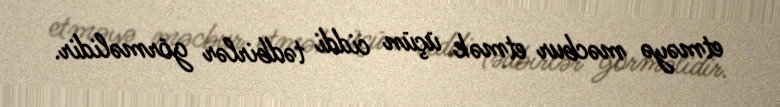
etməyə məcbur etmək üçün ciddi tədbirlər görməlidir.